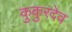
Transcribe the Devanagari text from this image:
कुकुरदेव